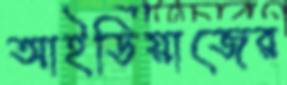
আইডিয়াজের